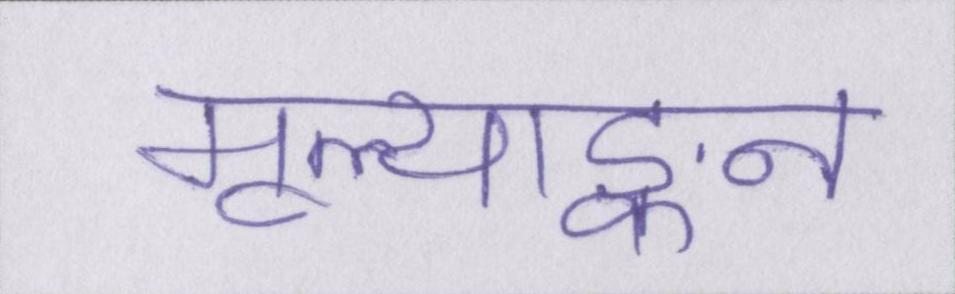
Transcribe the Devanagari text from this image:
मूल्याङ्कन